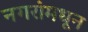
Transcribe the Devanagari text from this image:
नगरांमधून